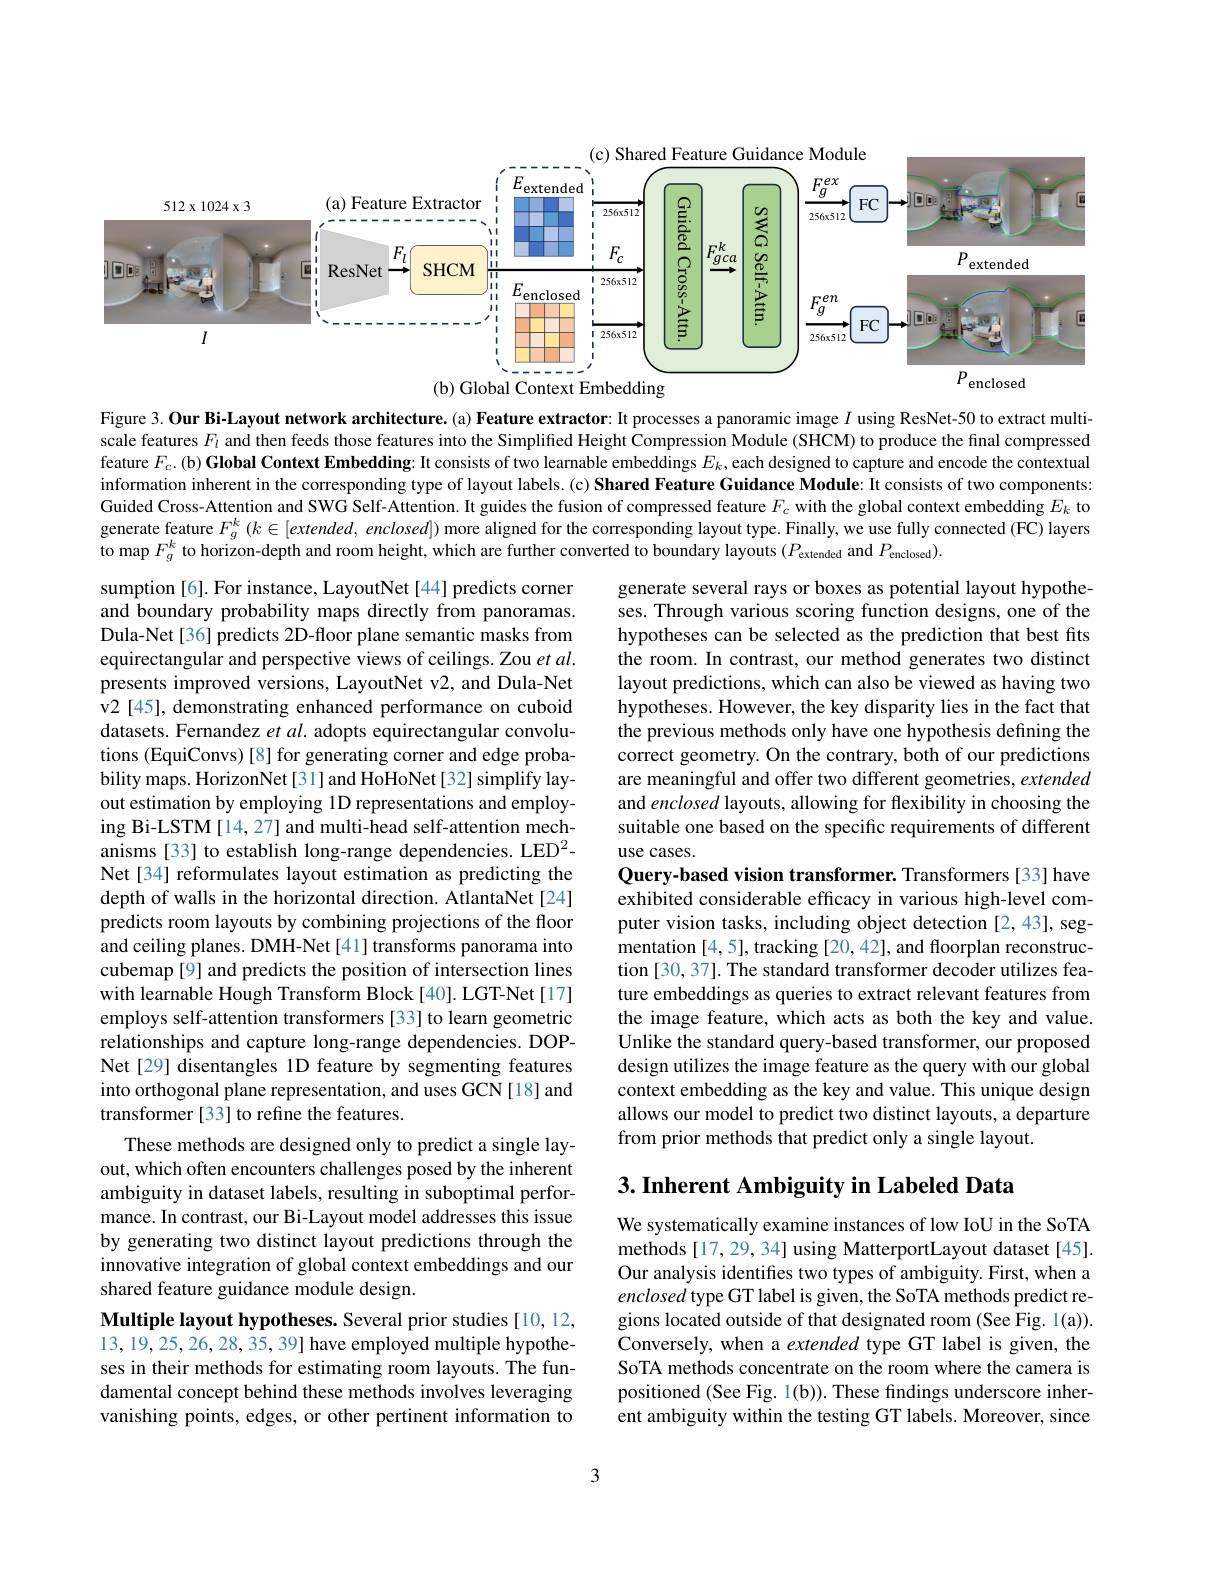
<FigureHere>

Figure 3. Our Bi-Layout network architecture.(a) Feature extractor: It processes a panoramic image $I$ using ResNet-50 to extract multiscale features $F_{l}$ and then feeds those features into the Simplified Height Compression Module (SHCM) to produce the final compressed feature $F_c.($b) Global Context Embedding: It consists of two learnable embeddings $E_k$, each designed to capture and encode the contextual information inherent in the corresponding type of layout labels. (c) Shared Feature Guidance Module: It consists of two components: Guided Cross-Attention and SWG Self-Attention. It guides the fusion of compressed feature $F_{c}$ with the global context embedding $E_k$ to generate feature $F_g^k(k\in[extended,enclosed])$ more aligned for the corresponding layout type. Finally, we use fully connected (FC) layers to map $F_g^k$ to horizon-depth and room height, which are further converted to boundary layouts $(P_{\mathrm{extended}}$ and $P_{\mathrm{enclosed}}).$

generate several rays or boxes as potential layout hypotheses. Through various scoring function designs, one of the hypotheses can be selected as the prediction that best fits the room. In contrast, our method generates two distinct layout predictions, which can also be viewed as having two hypotheses. However, the key disparity lies in the fact that the previous methods only have one hypothesis defining the correct geometry. On the contrary, both of our predictions are meaningful and offer two different geometries, extended and enclosed layouts, allowing for flexibility in choosing the suitable one based on the specific requirements of different use cases.
Query-based vision transformer. Transformers[33] have exhibited considerable efficacy in various high-level computer vision tasks, including object detection [2,43], segmentation [4,5], tracking [20,42], and floorplan reconstruction [30, 37]. The standard transformer decoder utilizes feature embeddings as queries to extract relevant features from the image feature, which acts as both the key and value. Unlike the standard query-based transformer, our proposed design utilizes the image feature as the query with our global context embedding as the key and value. This unique design allows our model to predict two distinct layouts, a departure from prior methods that predict only a single layout.

sumption [6]. For instance, LayoutNet [44] predicts corner and boundary probability maps directly from panoramas. Dula-Net[36] predicts 2D-floor plane semantic masks from equirectangular and perspective views of ceilings. Zou et $al.$ presents improved versions, LayoutNet v2, and Dula-Net v2 [45], demonstrating enhanced performance on cuboid datasets. Fernandez et al. adopts equirectangular convolutions (EquiConvs) [8] for generating corner and edge probability maps. HorizonNet[31]and HoHoNet[32] simplify layout estimation by employing 1D representations and employing Bi-LSTM [14,27] and multi-head self-attention mechanisms [33] to establish long-range dependencies. LED$^{2}$- Net[34] reformulates layout estimation as predicting the depth of walls in the horizontal direction. AtlantaNet [24] predicts room layouts by combining projections of the floor and ceiling planes. DMH-Net [41] transforms panorama into cubemap [9] and predicts the position of intersection lines with learnable Hough Transform Block[40]. LGT-Net[17] employs self-attention transformers [33] to learn geometric relationships and capture long-range dependencies. DOPNet[29] disentangles 1D feature by segmenting features into orthogonal plane representation, and uses GCN[18] and transformer [33] to refine the features.
These methods are designed only to predict a single layout, which often encounters challenges posed by the inherent ambiguity in dataset labels, resulting in suboptimal performance. In contrast, our Bi-Layout model addresses this issue by generating two distinct layout predictions through the innovative integration of global context embeddings and our shared feature guidance module design.
Multiple layout hypotheses. Several prior studies [10,12, 13,19,25,26,28,35,39] have employed multiple hypotheses in their methods for estimating room layouts. The fundamental concept behind these methods involves leveraging vanishing points, edges, or other pertinent information to

## 3. Inherent Ambiguity in Labeled Data

We systematically examine instances of low IoU in the SoTA methods [17,29, 34] using MatterportLayout dataset [45]. Our analysis identifies two types of ambiguity. First, when a enclosed type GT label is given, the SoTA methods predict regions located outside of that designated room (See Fig. 1(a)). Conversely, when a extended type GT label is given, the SoTA methods concentrate on the room where the camera is positioned (See Fig. 1(b)). These findings underscore inherent ambiguity within the testing GT labels. Moreover, since

3